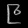
Digit: ၉